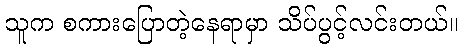
သူက စကားပြောတဲ့နေရာမှာ သိပ်ပွင့်လင်းတယ်။